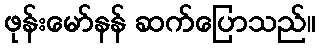
ဖုန်းမော်နန် ဆက်ပြောသည်။